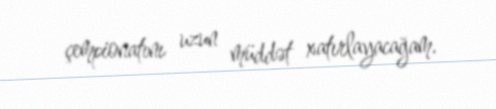
çempionatını uzun müddət xatırlayacağam.